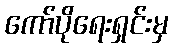
ကော်ပိုရေးရှင်းမှ